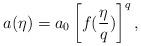
LaTeX: \begin{align*}a(\eta) = a_0 \left[f({\eta\over q})\right]^q,\end{align*}